Civil Veterinary Department Bihar reports 1940-50 - 1940-1950
Year: 1940
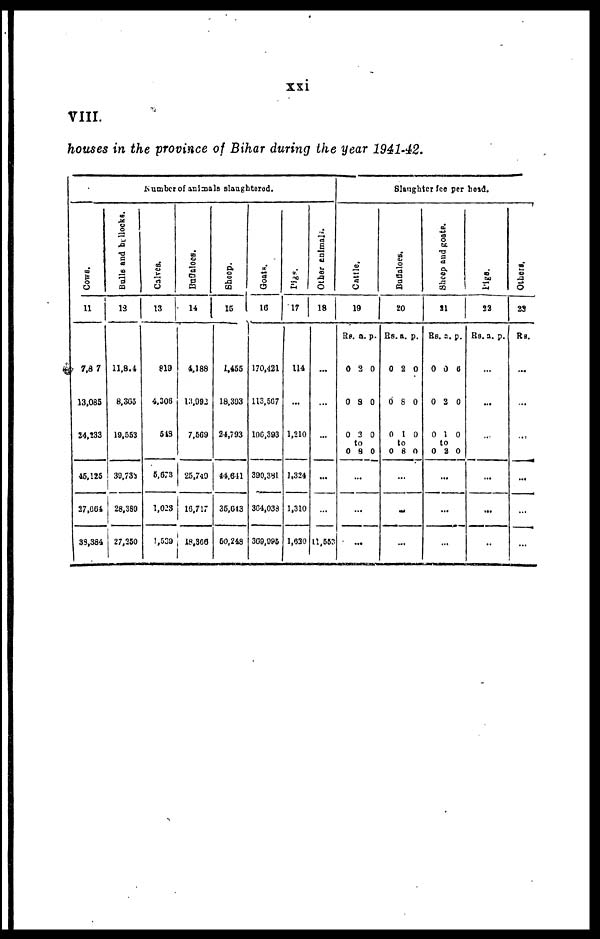
xxi
VIII.
houses in the province of Bihar during the year 1941-42.
Number
of animals slaughtered.
Cows.
11
7,8 7
13,085
24,233
45,125
27,664
33,384
Bulls
and bullocks.
12
11,811
8,305
19,553
39,733
28,380
27,250
Calves.
13
819
4.308
548
5,673
1,023
1,539
Buffaloes
14
4,188
13,992
7,569
25,749
16,717
18,306
Sheep.
15
1,455
18,393
24,793
44,611
35,Gi3
50,248
Goats.
16
170,421
113,567
106,393
390,381
364,038
369,995
Pigs.
17
114
...
1,210
1,324
1,310
1,630
Other animals.
18
...
...
...
...
...
11,553
Slanghter fee per head
Cat t l e.
19
Rs.
0
0
0
0
...
a.
2
8
3
to
8
...
...
p.
0
0
0
0
Buffaloes.
20
Rs.
0
0
0
0
...
...
a.
2
8
1
to
8
...
p.
0
0
0
0
Sheep and goats.
21
Rs
0
0
0
0
...
a.
0
2
1
to
2
...
...
p.
6
0
0
0
Pigs.
22
Rs. a. p.
...
...
...
...
...
...
Others.
23
Rs.
...
...
...
...
...
...